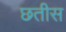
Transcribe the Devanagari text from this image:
छतीस